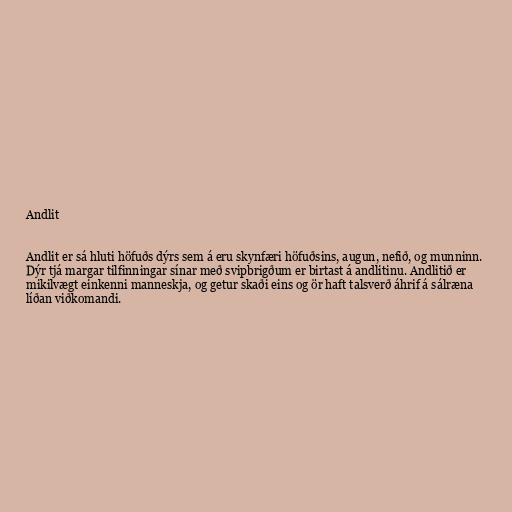
Andlit

Andlit er sá hluti höfuðs dýrs sem á eru skynfæri höfuðsins, augun, nefið, og munninn.
Dýr tjá margar tilfinningar sínar með svipbrigðum er birtast á andlitinu. Andlitið er
mikilvægt einkenni manneskja, og getur skaði eins og ör haft talsverð áhrif á sálræna
líðan viðkomandi.